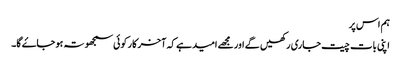
ہم اس پر
اپنی بات چیت جاری رکھیں گے اور مجھے امید ہے کہ آخر کار کوئی سمجھوتہ ہو جاۓ گا۔